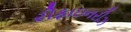
રીફાઇનરીઝ